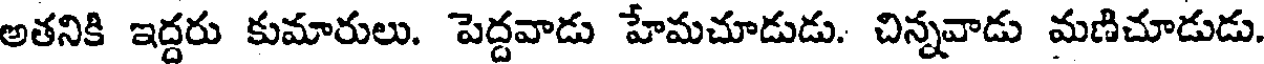
అతనికి ఇద్దరు కుమారులు. పెద్దవాడు హేమచూడుడు. చిన్నవాడు మణిచూడుడు.